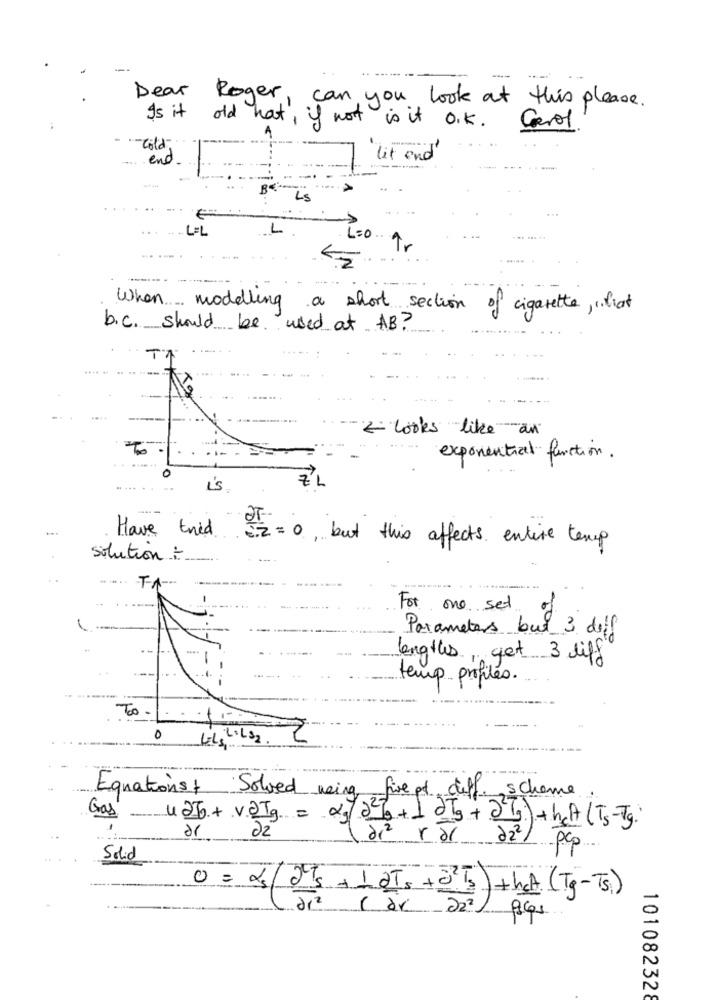
--
Dear Roger,
can you look at this please.
Is it old hat', if not
is it O.K. Carol
Cold
end.
lit end
LS
LEL
L
== 0
When modelling
a short section of cigarette,chat
b. c. should be used at AB?
2 looks like an
To
exponential function.
is
Have tried 2 =0 , but this affects entire temp
solution :
F-A-
For one set
Parameters but 3 doff
lengths, get 3 diff
temp profiles.
To -
0
L+LS2
Equations Solved weing five pt cliff. scheme
Gas
u2I+ v.QIg = 21/2/0+ 1 dkg+2b)+heA (Ts-Tg.
or
22
da var 22/
-pcp
Solid
dr2
( dr )22)
101082328